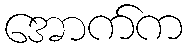
အောက်က